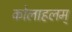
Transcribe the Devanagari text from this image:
कोलाहलम्